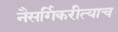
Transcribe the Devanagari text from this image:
नैसर्गिकरीत्याच